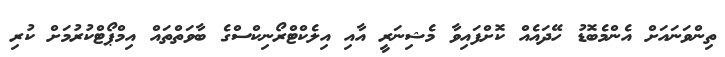
ތިންވަނައަށް އެންމެބޮޑު ހޭދައެއް ކޮށްފައިވާ މެޝިނަރީ އާއި އިލެކްޓްރޯނިކްސްގެ ބާވަތްތައް އިމްޕޯޓްކުރުމަށް ކުރި